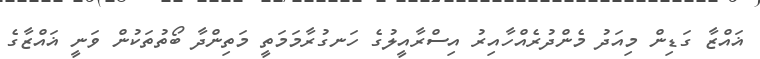
ޣައްޒާ ގަޑިން މިއަދު މެންދުރެއްހާއިރު އިސްރާއީލުގެ ހަނގުރާމަމަތީ މަތިންދާ ބޯތުތަކުން ވަނީ ޣައްޒާގެ